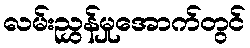
လမ်းညွှန်မှုအောက်တွင်